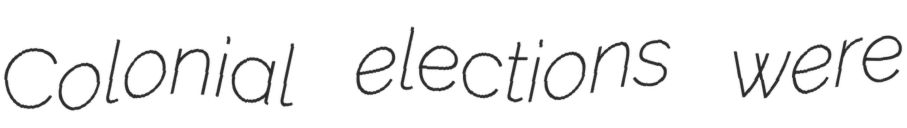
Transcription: Colonial elections were